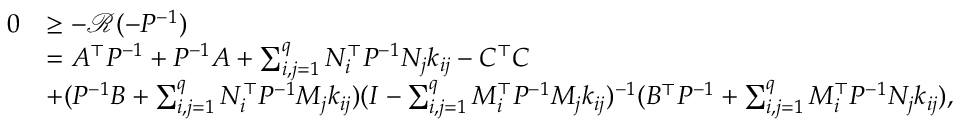
\begin{array} { r l } { 0 } & { \geq - \mathcal { R } ( - P ^ { - 1 } ) } \\ & { = A ^ { \top } P ^ { - 1 } + P ^ { - 1 } A + \sum _ { i , j = 1 } ^ { q } N _ { i } ^ { \top } P ^ { - 1 } N _ { j } k _ { i j } - C ^ { \top } C } \\ & { + ( P ^ { - 1 } B + \sum _ { i , j = 1 } ^ { q } N _ { i } ^ { \top } P ^ { - 1 } M _ { j } k _ { i j } ) ( I - \sum _ { i , j = 1 } ^ { q } M _ { i } ^ { \top } P ^ { - 1 } M _ { j } k _ { i j } ) ^ { - 1 } ( B ^ { \top } P ^ { - 1 } + \sum _ { i , j = 1 } ^ { q } M _ { i } ^ { \top } P ^ { - 1 } N _ { j } k _ { i j } ) , } \end{array}